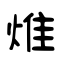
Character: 焳